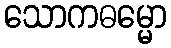
သောကဓမ္မော